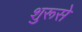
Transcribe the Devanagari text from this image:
शुरूसे